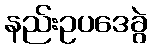
နည်းဥပဒေခွဲ